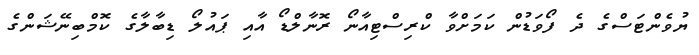
ޔުވެންޓަސްގެ ދެ ފޯވަޑުން ކަމަށްވާ ކްރިސްޓިއާނޯ ރޮނާލްޑޯ އާއި ޕައުލޯ ޑިބާލާގެ ކޮމްބިނޭޝަންގެ